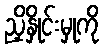
ညှိနှိုင်းမှုကို